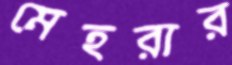
মেহরার